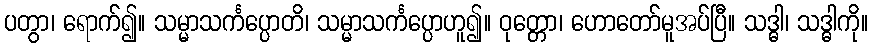
ပတွာ၊ ရောက်၍။ သမ္မာသင်္ကပ္ပောတိ၊ သမ္မာသင်္ကပ္ပောဟူ၍။ ဝုတ္တော၊ ဟောတော်မူအပ်ပြီ။ သဒ္ဓါ၊ သဒ္ဓါကို။